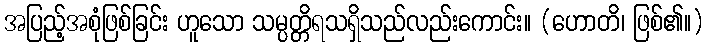
အပြည့်အစုံဖြစ်ခြင်း ဟူသော သမ္ပတ္တိရသရှိသည်လည်းကောင်း။ (ဟောတိ၊ ဖြစ်၏။)